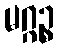
မဂ္ဂဉ္စ